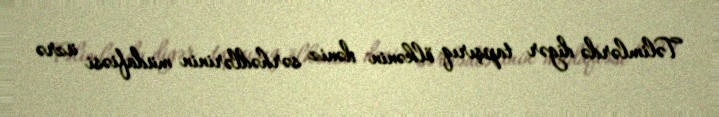
Təlimlərdə digər tapşırıq ölkənin dəniz sərhədlərinin müdafiəsi üzrə